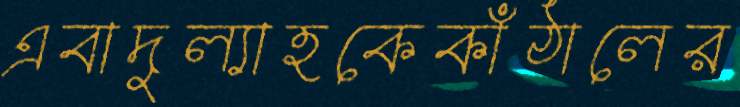
এবাদুল্যাহকেকাঁঠালের